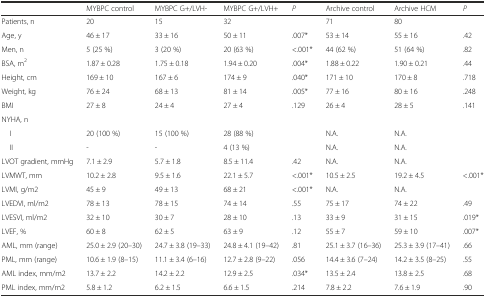
<table><thead><tr><td></td><td><b>MYBPC control</b></td><td><b>MYBPC G+/LVH-</b></td><td><b>MYBPC G+/LVH+</b></td><td><b><i>P</i></b></td><td><b>Archive control</b></td><td><b>Archive HCM</b></td><td><b><i>P</i></b></td></tr></thead><tbody><tr><td>Patients, n</td><td>20</td><td>15</td><td>32</td><td></td><td>71</td><td>80</td><td></td></tr><tr><td>Age, y</td><td>46 ± 17</td><td>33 ± 16</td><td>50 ± 11</td><td>.007*</td><td>53 ± 14</td><td>55 ± 16</td><td>.42</td></tr><tr><td>Men, n</td><td>5 (25 %)</td><td>3 (20 %)</td><td>20 (63 %)</td><td>&lt;.001*</td><td>44 (62 %)</td><td>51 (64 %)</td><td>.82</td></tr><tr><td>BSA, m<sup>2</sup></td><td>1.87 ± 0.28</td><td>1.75 ± 0.18</td><td>1.94 ± 0.20</td><td>.004*</td><td>1.88 ± 0.22</td><td>1.90 ± 0.21</td><td>.44</td></tr><tr><td>Height, cm</td><td>169 ± 10</td><td>167 ± 6</td><td>174 ± 9</td><td>.040*</td><td>171 ± 10</td><td>170 ± 8</td><td>.718</td></tr><tr><td>Weight, kg</td><td>76 ± 24</td><td>68 ± 13</td><td>81 ± 14</td><td>.005*</td><td>77 ± 16</td><td>80 ± 16</td><td>.248</td></tr><tr><td>BMI</td><td>27 ± 8</td><td>24 ± 4</td><td>27 ± 4</td><td>.129</td><td>26 ± 4</td><td>28 ± 5</td><td>.141</td></tr><tr><td colspan="8">NYHA, n</td></tr><tr><td> I</td><td>20 (100 %)</td><td>15 (100 %)</td><td>28 (88 %)</td><td></td><td>N.A.</td><td>N.A.</td><td></td></tr><tr><td> II</td><td>-</td><td>-</td><td>4 (13 %)</td><td></td><td>N.A.</td><td>N.A.</td><td></td></tr><tr><td>LVOT gradient, mmHg</td><td>7.1 ± 2.9</td><td>5.7 ± 1.8</td><td>8.5 ± 11.4</td><td>.42</td><td>N.A.</td><td>N.A.</td><td></td></tr><tr><td>LVMWT, mm</td><td>10.2 ± 2.8</td><td>9.5 ± 1.6</td><td>22.1 ± 5.7</td><td>&lt;.001*</td><td>10.5 ± 2.5</td><td>19.2 ± 4.5</td><td>&lt;.001*</td></tr><tr><td>LVMI, g/m2</td><td>45 ± 9</td><td>49 ± 13</td><td>68 ± 21</td><td>&lt;.001*</td><td>N.A.</td><td>N.A.</td><td></td></tr><tr><td>LVEDVI, ml/m2</td><td>78 ± 13</td><td>78 ± 15</td><td>74 ± 14</td><td>.55</td><td>75 ± 17</td><td>74 ± 22</td><td>.49</td></tr><tr><td>LVESVI, ml/m2</td><td>32 ± 10</td><td>30 ± 7</td><td>28 ± 10</td><td>.13</td><td>33 ± 9</td><td>31 ± 15</td><td>.019*</td></tr><tr><td>LVEF, %</td><td>60 ± 8</td><td>62 ± 5</td><td>63 ± 9</td><td>.12</td><td>55 ± 7</td><td>59 ± 10</td><td>.007*</td></tr><tr><td>AML, mm (range) </td><td>25.0 ± 2.9 (20–30)</td><td>24.7 ± 3.8 (19–33)</td><td>24.8 ± 4.1 (19–42)</td><td>.81</td><td>25.1 ± 3.7 (16–36)</td><td>25.3 ± 3.9 (17–41)</td><td>.66</td></tr><tr><td>PML, mm (range) </td><td>10.6 ± 1.9 (8–15)</td><td>11.1 ± 3.4 (6–16)</td><td>12.7 ± 2.8 (9–22)</td><td>.056</td><td>14.4 ± 3.6 (7–24)</td><td>14.2 ± 3.5 (8–25)</td><td>.55</td></tr><tr><td>AML index, mm/m2</td><td>13.7 ± 2.2</td><td>14.2 ± 2.2</td><td>12.9 ± 2.5</td><td>.034*</td><td>13.5 ± 2.4</td><td>13.8 ± 2.5</td><td>.68</td></tr><tr><td>PML index, mm/m2</td><td>5.8 ± 1.2</td><td>6.2 ± 1.5</td><td>6.6 ± 1.5</td><td>.214</td><td>7.8 ± 2.2</td><td>7.6 ± 1.9</td><td>.90</td></tr></tbody></table>